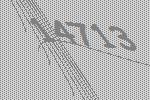
14713